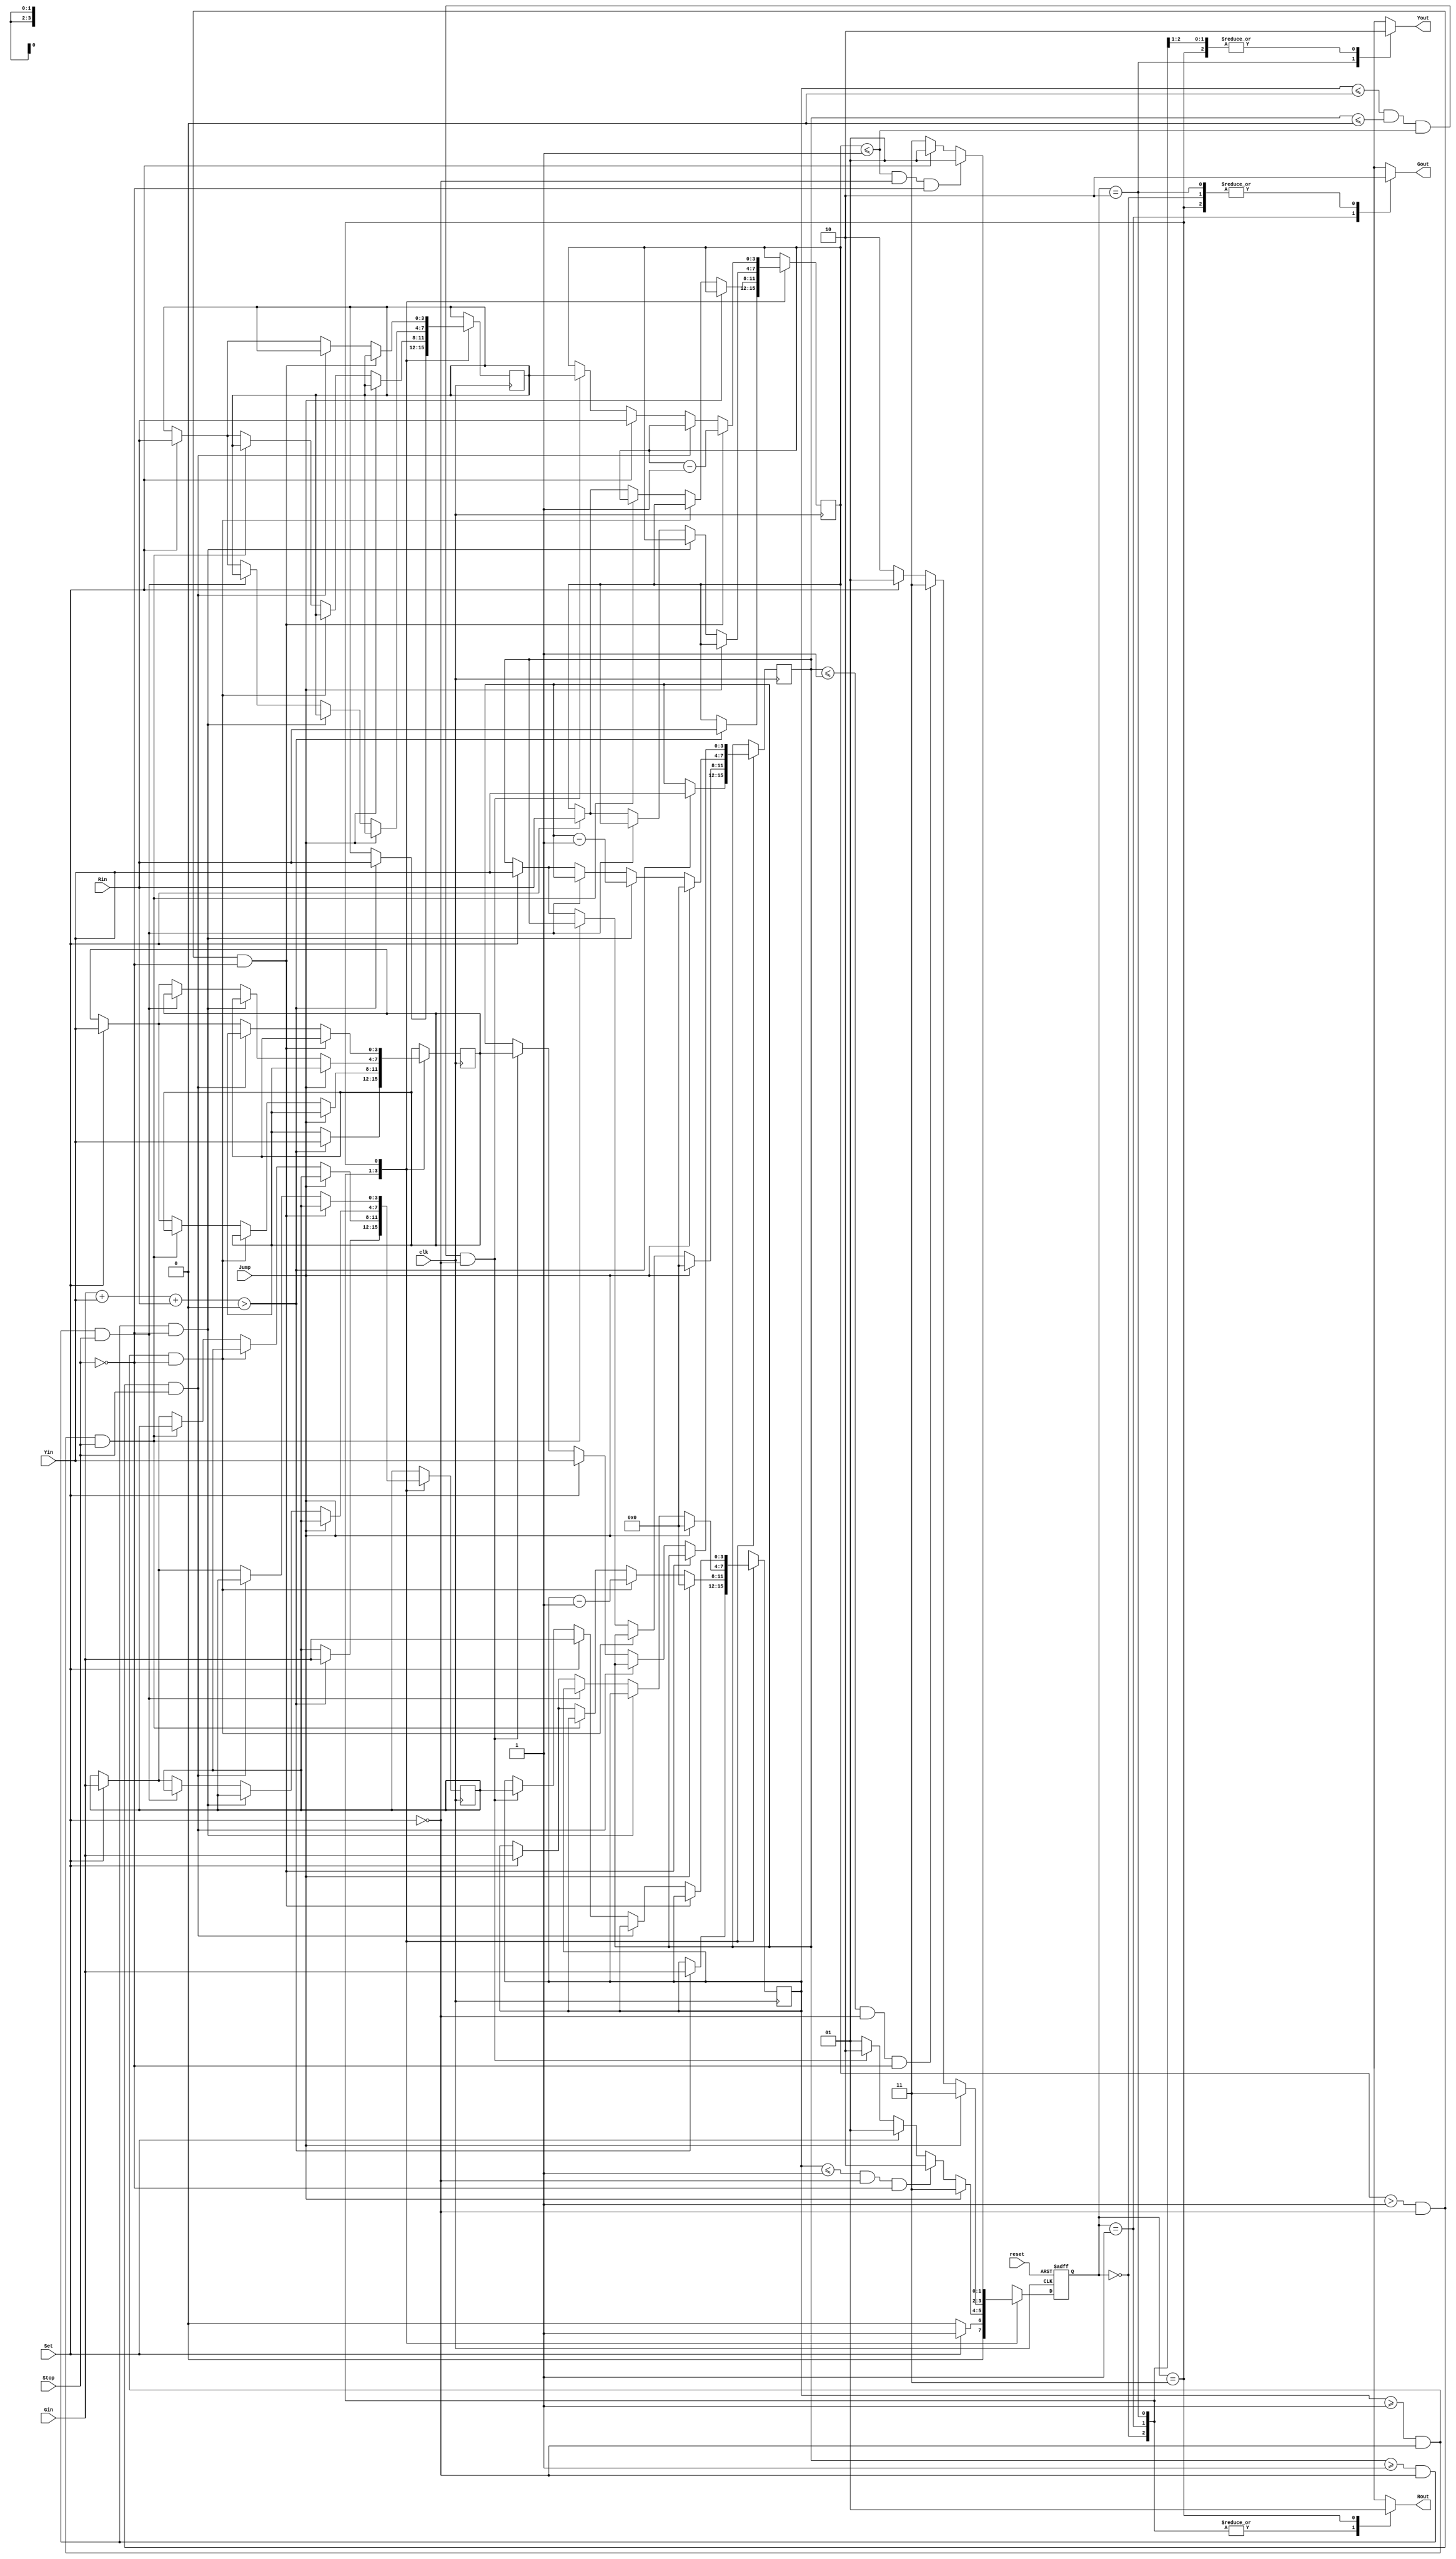
module TLS(clk, reset, Set, Stop, Jump, Gin, Yin, Rin, Gout, Yout, Rout);
input           clk;
input           reset;
input           Set;
input           Stop;
input           Jump;
input     [3:0] Gin;
input     [3:0] Yin;
input     [3:0] Rin;
output     reg  Gout;
output     reg  Yout;
output     reg  Rout;



reg [1:0] State ,NextState;
reg [3:0] Gin_CLK;
reg [3:0] Yin_CLK;
reg [3:0] Rin_CLK;

reg [3:0] Gin_MEM;
reg [3:0] Yin_MEM;
reg [3:0] Rin_MEM;

parameter S0=2'b00, S1=2'b01,S2=2'b10, S3=2'b11;


always @(posedge clk or posedge reset)
	begin
		if(reset)
			State <= S0;	
		else
			State <= NextState;
	end
	
always @(posedge clk)
	begin
		case(State)
			S0:	begin
					if(Gin+Yin+Rin>1'b0)
						begin
							Gin_CLK <= Gin	;
							Yin_CLK <= Yin	;
							Rin_CLK <= Rin	;
							Gin_MEM <= Gin 	;
							Yin_MEM <= Yin	;
							Rin_MEM <= Rin	;
						end
					else
						begin
							Gin_CLK <= Gin_CLK ;
							Yin_CLK <= Yin_CLK ;
							Rin_CLK <= Rin_CLK ;
						end
				end
			S1:begin
					if (Jump)
						begin
							Gin_CLK <= 1'b0	;
							Yin_CLK <= 1'b0	;
							Rin_CLK <= Rin_CLK	;
						end
					else if(Gin_CLK>=1'b1 &~Set & ~Stop)
						Gin_CLK = Gin_CLK-1'b1;
					else if(Gin_CLK>=1'b1 &~Set & Stop)
						Gin_CLK = Gin_CLK;
					else if(Set)
						begin
							Gin_CLK <= Gin	;
							Yin_CLK <= Yin	;
							Rin_CLK <= Rin	;
							Gin_MEM <= Gin 	;
							Yin_MEM <= Yin	;
							Rin_MEM <= Rin	;
						end
					else
						Gin_CLK <= Gin_CLK;
				end	
			S2:	begin
					if (Jump)
						begin
							Gin_CLK <= 1'b0	;
							Yin_CLK <= 1'b0	;
							Rin_CLK <= Rin_CLK	;
						end
					else if(Yin_CLK>=1'b1 & ~Set & ~Stop)
						Yin_CLK <= Yin_CLK-1;
					else if(Yin_CLK>=1'b1 & ~Set & Stop)
						Yin_CLK <= Yin_CLK;
					else if(Set)
						begin
							Gin_CLK <= Gin	;
							Yin_CLK <= Yin	;
							Rin_CLK <= Rin	;
							Gin_MEM <= Gin 	;
							Yin_MEM <= Yin	;
							Rin_MEM <= Rin	;
						end
					
					else
						Yin_CLK <= Yin_CLK;
				end
			S3:	begin		
					if(Rin_CLK>1'b1 & ~Set & ~Stop)	
						Rin_CLK <= Rin_CLK-1;
					else if(Rin_CLK>1'b1 & ~Set & Stop)
						Rin_CLK <= Rin_CLK;
					else if(Set)
						begin
							Gin_CLK <= Gin	;
							Yin_CLK <= Yin	;
							Rin_CLK <= Rin	;
							Gin_MEM <= Gin 	;
							Yin_MEM <= Yin	;
							Rin_MEM <= Rin	;
						end
					else if(Gin_CLK<=1'b0&Yin_CLK <=1'b0 & Rin_CLK<=1'b1 & ~Set)
						begin
							Gin_CLK <= Gin_MEM	;
							Yin_CLK <= Yin_MEM	;
							Rin_CLK <= Rin_MEM	;
						end	
					else
						Rin_CLK <= Rin_CLK;
				end
		endcase
	end



always @(*)
	begin
		case(State)
			S0: begin /*NON*/
					if(Set)	
						NextState = S1;
					else
						NextState = S0;
				end
			S1: begin /*GREEN*/
					if(Jump)
						NextState = S3;
					else if(Gin_CLK <= 1'b1 & ~Set &~Stop)
						NextState = S2;
					else if(Set)
						NextState = S1;
					else if(Gin_CLK<=1'b0&Yin_CLK <=1'b0 & Rin_CLK<=1'b1 & ~Set)
						NextState = S2;
					else
						NextState = S1;
				end
			S2: begin /*YELLOW*/
					if(Jump)
						NextState = S3;
					else if(Yin_CLK <= 1'b1 & ~Set &~Stop)
						NextState = S3;
					else if(Set)
						NextState = S1;
					else
						NextState = S2;
				end
			S3: begin /*RED*/
					if(Rin_CLK <= 1'b1 & ~Set &~Stop)
						NextState = S1;
					else if(Set)
						NextState = S1;
					else
						NextState = S3;
				end
				
		endcase
	end
always @(State)
	begin
		case(State)
			S0: begin 
					Gout=1'b0; Yout =1'b0; Rout = 1'b0; 
				end  
			S1:	begin 
					Gout = 1'b1;  Yout =1'b0; Rout = 1'b0; 
				end 
			
			S2:	begin  
					Yout = 1'b1;   Gout=1'b0; Rout = 1'b0;
				end
			S3:	begin  
					Rout = 1'b1; 	Gout=1'b0; Yout =1'b0;
				end
		endcase
	end
endmodule

	/*
parameter S0=3'b000, S1=2'b001, S2=2'b010, S3=2'b011,S4=2'b100,S5=2'b101,S6=2'b110,S7=2'b111;
always @(*)
	begin
		case(State)
			S0: begin
					if(Gin >= 1)
						Gout = 1;
						Yout <= 1'b0; 
						Rout <= 1'b0;
					else
						Gout <= 1'b0;
				end
			S1: begin
					if(Yin >= 1)
						Yout = 1;    
						Gout <= 1'b0; 
						Rout <= 1'b0;
					else
						Yout <= 1'b0; 
				end
			S2: begin
					if(Rin >= 1)
						Rout = 1; 	 
						Gout <= 1'b0; 
						Yout <= 1'b0;
					else
						Rout <= 1'b0;
				end
			S3: begin
					Gout <= 1'b0;
					Yout <= 1'b0;
					Rout <= 1'b0; 
				end
		endcase
	end
endmodule
*/
/*
    Write Your Design Here ~
*/

/*
reg       [3:0] count;
wire	  
always @(posedge clk or posedge reset)
begin
	if(reset)
		Gout <= 1'b0;
		Yout <= 1'b0;
		Rout <= 1'b0;
	else if(set)
	    always @(Gin)
		begin
			Gout = 1;
			Gin=Gin-1
		end	
		
		always @(Yin)
		begin
			Yout = 1;
			Yin=Yin-1
		end	
		
		always @(Rin)
		begin
			Rout = 1;
			Rin=Rin-1
		end	
	else
		Gout <= 1'b0;
		Yout <= 1'b0;
		Rout <= 1'b0;
end
*/
/*
    Write Your Design Here ~
*/